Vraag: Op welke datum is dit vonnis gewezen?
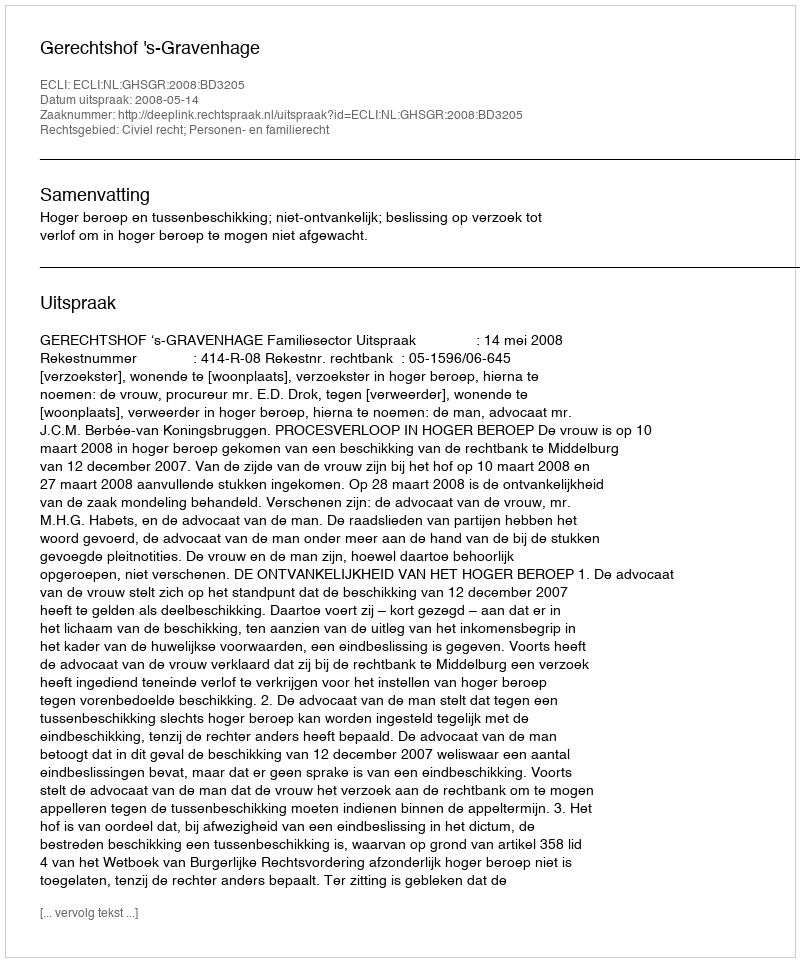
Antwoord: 2008-05-14